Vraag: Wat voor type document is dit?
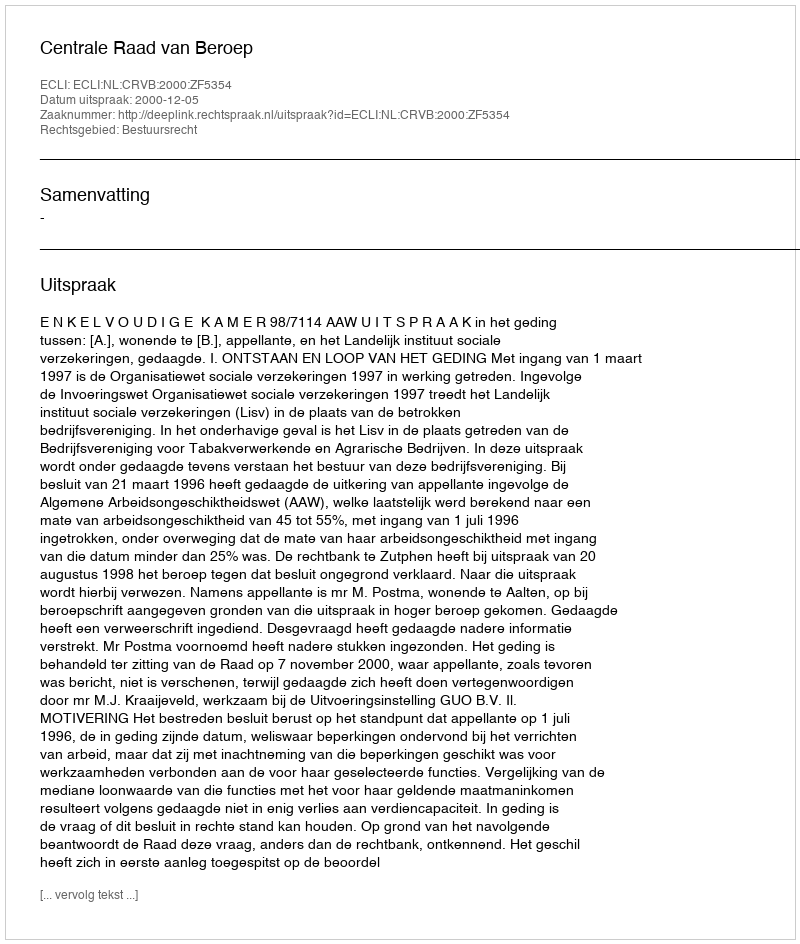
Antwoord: Uitspraak